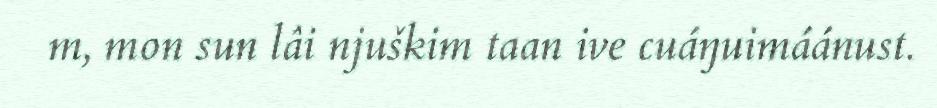
m, mon sun lâi njuškim taan ive cuáŋuimáánust.